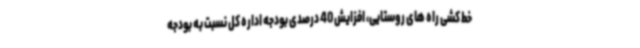
خط کشی راه های روستایی، افزایش 40 درصدی بودجه اداره کل نسبت به بودجه